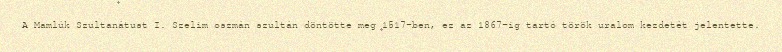
A Mamlúk Szultanátust I. Szelim oszmán szultán döntötte meg 1517-ben, ez az 1867-ig tartó török uralom kezdetét jelentette.